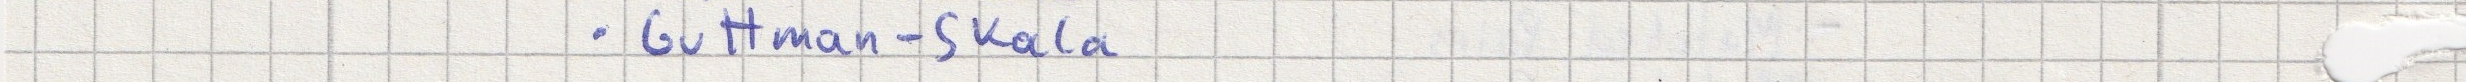
- Guttman-Skala